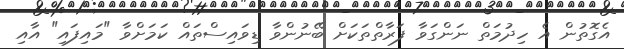
އެގޮތުން އެ ހިދުމަތް ނަންގަވާ ފަރާތްތަކަށް ބޭނުންވާ ޑިވައިސްތައް ކަމަށްވާ "މައިފައި" އާއި